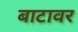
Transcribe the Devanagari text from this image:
बाटावर